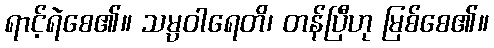
ရာင့်ရဲစေ၏။ သမ္ပဝါရေတိ၊ တန်ပြီဟု မြစ်စေ၏။